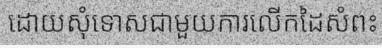
ដោយសុំទោសជាមួយការលើកដៃសំពះ